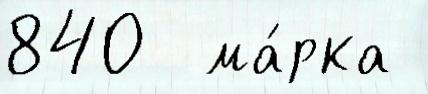
840  ма́рка